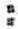
: